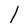
Character: I